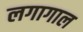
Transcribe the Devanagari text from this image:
लगागाल